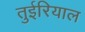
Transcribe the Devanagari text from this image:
तुईरियाल